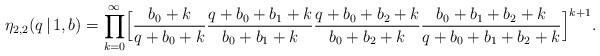
LaTeX: \begin{align*}\eta_{2,2}(q\,|\,1, b) = \prod\limits_{k=0}^\infty \Bigl[\frac{b_0+k}{q+b_0+k} \frac{q+b_0+b_1+k}{b_0+b_1+k} \frac{q+b_0+b_2+k}{b_0+b_2+k}\frac{b_0+b_1+b_2+k}{q+b_0+b_1+b_2+k} \Bigr]^{k+1}.\end{align*}